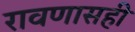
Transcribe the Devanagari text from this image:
रावणासही